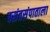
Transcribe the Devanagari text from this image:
वसंतसंपाताला